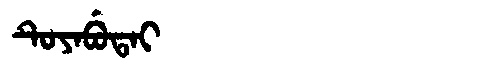
Manchu: ᡨᡠᠶᠠᠪᡠᡨᠠᡳ
Romanization: TUYABUTAI